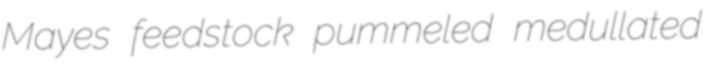
Mayes feedstock pummeled medullated